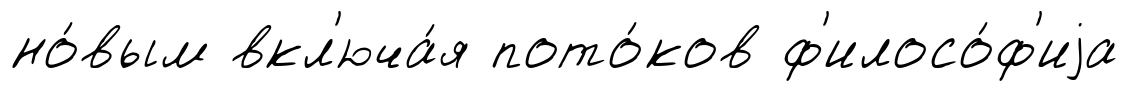
но́вым вкл'юча́я пото́ков ф'илосо́ф'иjа